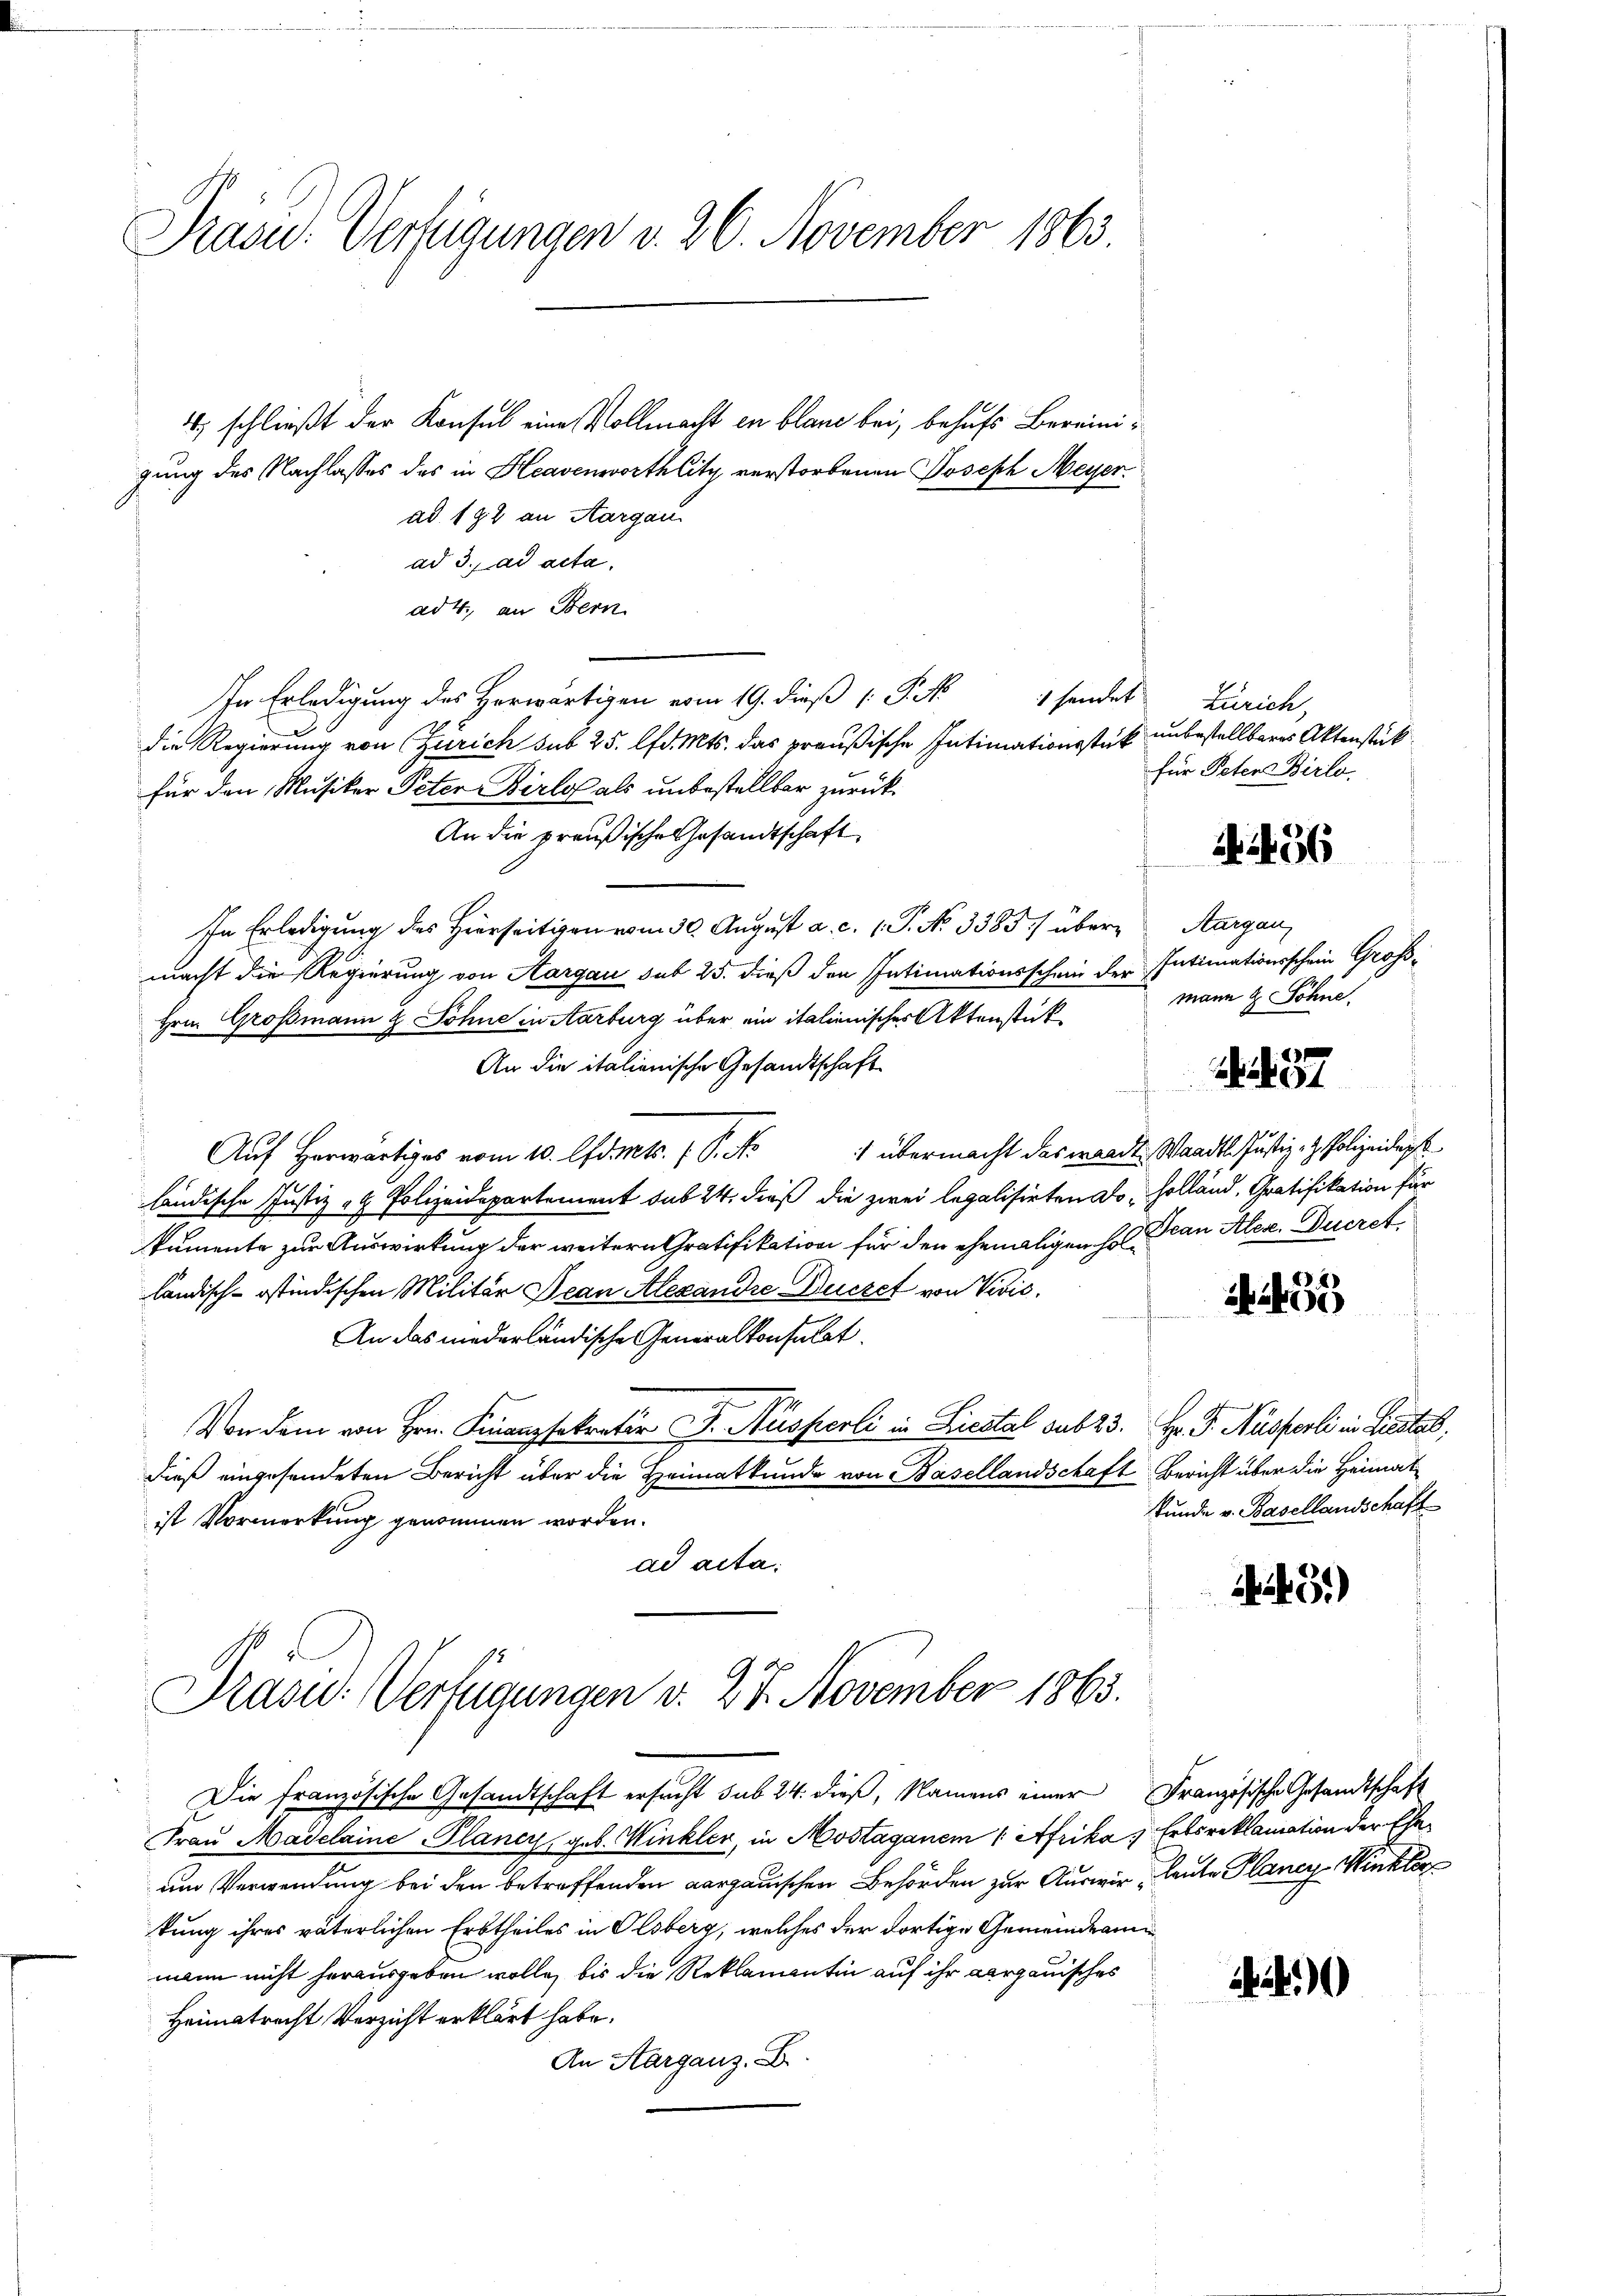
Präsid. Verfügungen v. 26. November 1863.

4, schließt der Konsul eine Vollmacht en blaue bei, behufs Bereinigung des Nachlasses des in Heavenwortlitz verstorbenen Joseph Meyerad 192 an Aargau
ad 3. ad acta
ad 4., an Bern
In Erledigung des Herwärtigen vom 19. dieß P. M. sendet
die Regierung von Zürich sub 25. lfd. Mts. das preußische Intimationsstück unbestellbares Aktenstück
für den Musiker Peten Birlos als unbestellter zurück¬
An die preußische Gesandtschaft
In Erledigung des Hierseitigen vom 30. August a. c. 1. P. No 3385/ über Aargau,
macht die Regierung von Aargau sub 25. dieß den Intimationsschein der Intimationsschein Groß¬
Hrn. Großmann z. Sohne in Aarburg über ein italienischer Aktenstück
An die italienische Gesandtschaft
1 übermacht das waadt, Waadt. Justiz- & Polizeiderst
Auf Horwärtiges vom 10. Ctsrat. 1 S. N
ländische Justiz & Polizeidepartement sub 24. dieß die zwei legalisirten Do- Holland, Gratifikation für
kumente zur Auswirkung der weitern Gratifikation für den ehemaligen H. Bran Aler. Ducret
ländisch-ostindischen Militär Jean Alexandrie Duczet von Visis.
An das niederländische Generalkonsulat
Von dem von Hrn. Finanzsokratio I. Ausperli in Liestal sub 23. Hr. P. Nüsserli in Liestal
dieß eingesendeten Bericht über die Heimatkunde von Basellandschaft Bericht über die Heimatist Vormerkung genommen worden.
ad acta.

Präsid.: Verfügungen v. 27. November 1863.

Die französische Gesandtschaft ersucht sub 24. dieß, Namens einer Französische Gesandtschaft
Frau Madelaine Plancy, geb. Winkler, in Mostagenem 1 Afrika, Erbsreklamation der Eheum Verwendung bei den betreffenden aargauischen Behörden zur Auswir, laute Planey-Winkler
kung ihres väterlichen Erbtheiles in Olsberg, welches der dortige Gemeindeam
mann nicht herausgeben wolle, bis die Reklamantin auf ihr aargauisches
Heimatrecht Verzicht erklärt habe.
An Aarganz. B.

Zürich,
für Peten Birlo.

56

mann & Söhne.

1857

4)
 1400

kunde v. Basellandschaft

43.)

12.)